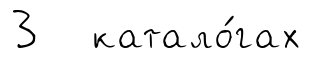
3 катало́гах